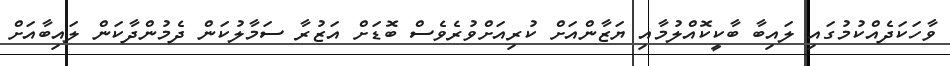
ވާހަކަދެއްކުމުގައި ލައިބާ ބާކީކޮއްލުމާއި ޔަޒާންއަށް ކުރިއަށްވުރެވެސް ބޮޑަށް އަޒުރާ ސަމާލުކަން ދެމުންދާކަން ލައިބާއަށް